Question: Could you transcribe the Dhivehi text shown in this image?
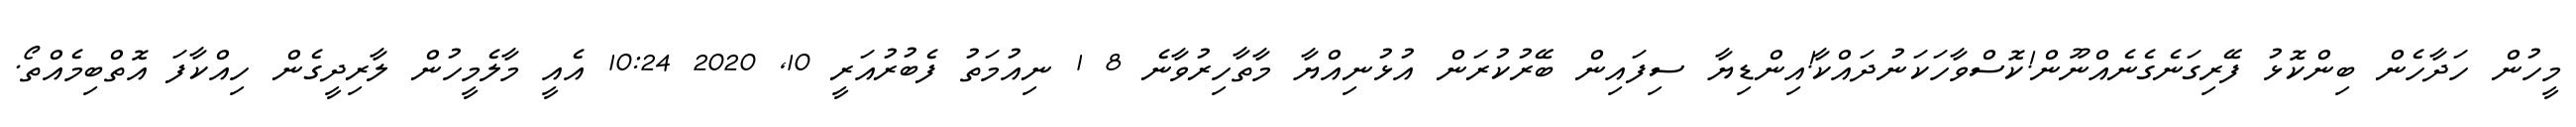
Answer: މީހުން ހަދާހެން ބިންކޮޅު ފޭރިގަނެގެނެއްނޫން!ކޮސްވާހަކަނުދައްކާ!އިންޑިޔާ ސިފައިން ބޭރުކުރަން އުޅުނިއްޔާ މާތާހިރުވާނެ 8 1 ނިއުމަތު ފެބުރުއަރީ 10, 2020 10:24 އެއީ މާލެމީހުން ލާރިދީގެން ހިއްކާފަ އޮތްބިމެއްތޯ.